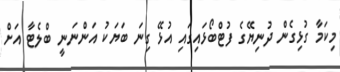
މިކަމާ ގުޅިގެން ދުނިޔޭގެ ފުޓްބޯޅައިގައި އުޅޭ ގިނަ ބަޔަކު އަންނަނީ ބްލެޓާ އަށް